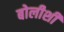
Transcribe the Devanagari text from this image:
बोलीशी